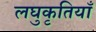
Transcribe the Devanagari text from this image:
लघुकृतियाँ